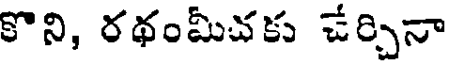
కొని, రథంమీచకు చేర్చినా